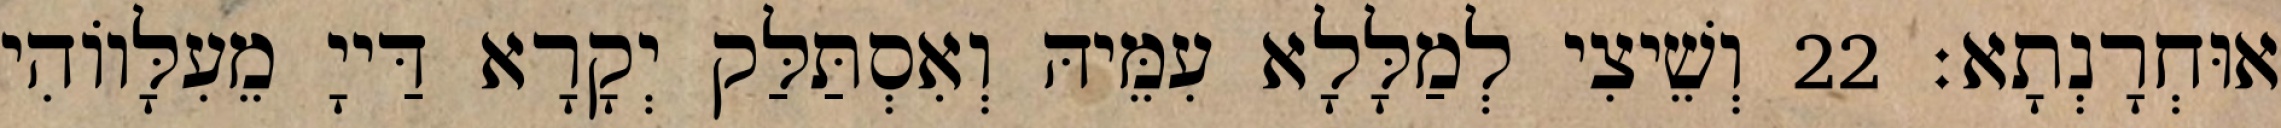
אוּחְרָנְתָא׃ 22 וְשֵׁיצִי לְמַלָּלָא עִמֵּיהּ וְאִסְתַּלַּק יְקָרָא דַּייָ מֵעִלָּווֹהִי